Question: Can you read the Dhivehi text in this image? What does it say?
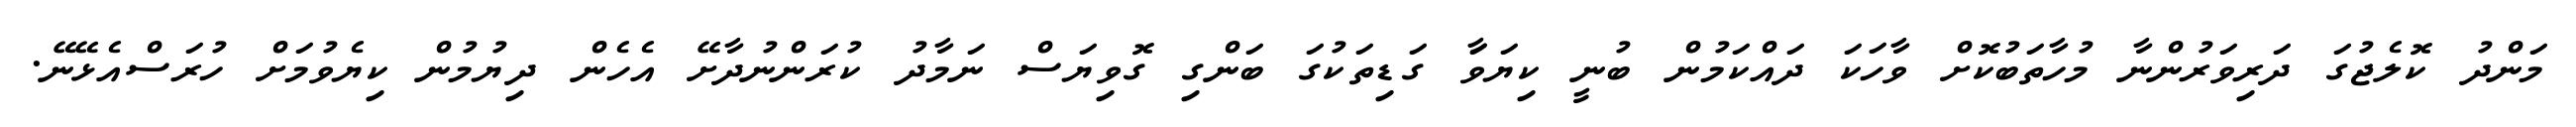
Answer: މަންދު ކޮލެޖުގަ ދަރިވަރުންނާ މުހާތަބުކޮށް ވާހަކަ ދައްކަމުން ބުނީ ކިޔަވަާ ގަޑިތަކުގަ ބަންގި ގޮވިޔަސް ނަމާދު ކުރަންނުދާށޭ އެހެން ދިޔުމުން ކިޔެވުމަށް ހުރަސްއެޅޭނޭ.